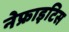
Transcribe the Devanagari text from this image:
नेफ्राइटिस